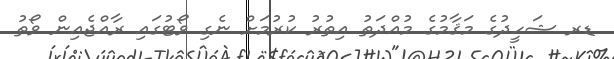
ޑރ ޝަހީދުގެ މަޤާމުގެ މުއްދަތު އިތުރު ކުރުމަށް ނެގި ވޯޓުގައި ރާއްޖެއިން ވޯތު